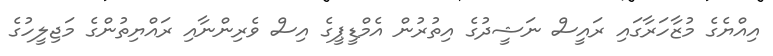
އިއްޔެގެ މުޒާހަރާގައި ރައީސް ނަޝީދުގެ އިތުރުން އެމްޑީޕީގެ އިސް ވެރިންނާއި ރައްޔިތުންގެ މަޖިލީހުގެ